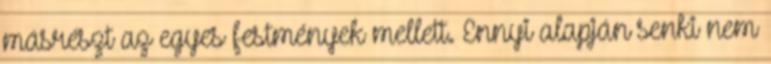
másrészt az egyes festmények mellett. Ennyi alapján senki nem